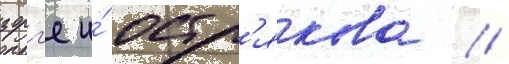
зорг'е и́ остр'якова //